Annual administration report of the Civil Veterinary Department of India - 1895-1896
Year: 1895
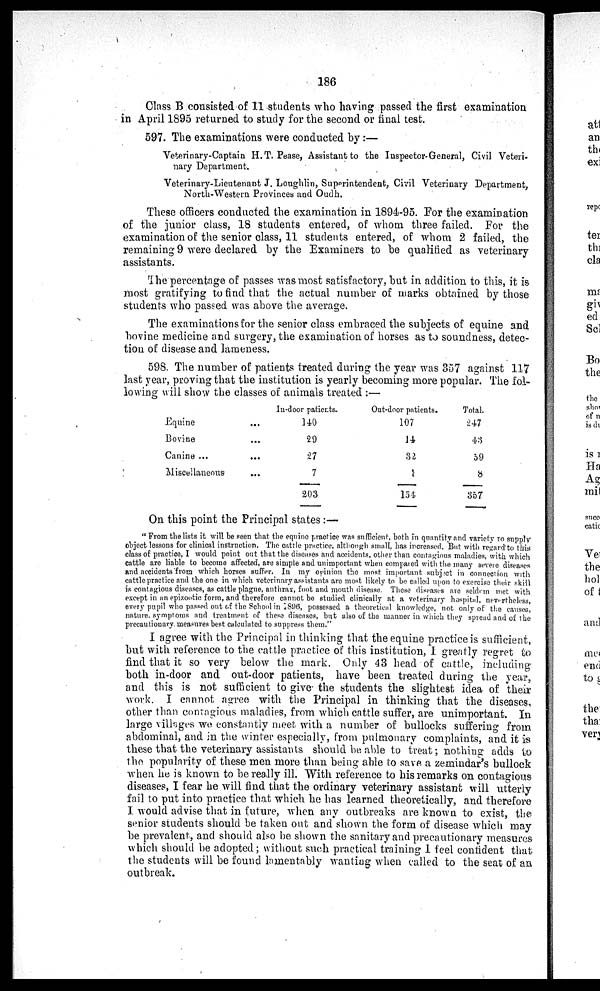
186
Class B consisted of 11 students who having passed the first examination
in April 1895 returned to study for the second or final test.
597. The examinations were conducted by:—
Veterinary-Captain H.T. Pease, Assistant to the Inspector-General, Civil Veteri-
nary Department.
Veterinary-Lieutenant J. Loughlin, Superintendent, Civil Veterinary Department,
North-Western Provinces and Oudh.
These officers conducted the examination in 1894-95. For the examination
of the junior class, 18 students entered, of whom three failed. For the
examination of the senior class, 11 students entered, of whom 2 failed, the
remaining 9 were declared by the Examiners to be qualified as veterinary
assistants.
The percentage of passes was most satisfactory, but in addition to this, it is
most gratifying to find that the actual number of marks obtained by those
students who passed was above the average.
The examinations for the senior class embraced the subjects of equine and
bovine medicine and surgery, the examination of horses as to soundness, detec-
tion of disease and lameness.
598. The number of patients treated during the year was 357 against 117
last year, proving that the institution is yearly becoming more popular. The fol-
lowing will show the classes of animals treated:—
Equine
Bovine
Canine ...
Miscellaneous
...
...
...
...
In-door patients.
140
29
27
7
203
Out-door patients.
107
14
32
1
154
Total.
247
43
59
8
357
On this point the Principal states:—
"From the lists it will be seen that the equine practice was sufficient, both in quantity and variety to supply
object lessons for clinical instruction. The cattle practice, although small, has increased. But with regard to this
class of practice, I would point out that the diseases and accidents, other than contagious maladies, with which
cattle are liable to become affected, are simple and unimportant when compared with the many severe diseases
and accidents from which horses suffer. In my opinion the most important, subject in connection with
cattle practice and the one in which veterinary assistants are most likely to be called upon to exercise their skill
is contagious diseases, as cattle plague, anthrax, foot and mouth disease. These diseases are seldom met with
except in an epizootic form, and therefore cannot be studied clinically at a veterinary hospital, nevertheless,
every pupil who passed out of the School in 1896, possessed a theoretical knowledge, not only of the causes,
nature, symptoms and treatment of these diseases, but also of the manner in which they spread and of the
precautionary measures best calculated to suppress them."
1 agree with the Principal in thinking that the equine practice is sufficient,
but with reference to the cattle practice of this institution, I greatly regret to
find that it so very below the mark. Only 43 head of cattle, including
both in-door and out-door patients, have been treated during the year,
and this is not sufficient to give the students the slightest idea of their
work. I cannot agree with the Principal in thinking that the diseases,
other than contagious maladies, from which cattle suffer, are unimportant. In
large villages we constantly meet with a number of bullocks suffering from
abdominal, and in the winter especially, from pulmonary complaints, and it is
these that the veterinary assistants should be able to treat; nothing adds to
the popularity of these men more than being able to save a zemindar's bullock
when he is known to be really ill. With reference to his remarks on contagious
diseases, I fear he will find that the ordinary veterinary assistant will utterly
fail to put into practice that which he has learned theoretically, and therefore
I would advise that in future, when any outbreaks are known to exist, the
senior students should be taken out and shown the form of disease which may
be prevalent, and should also be shown the sanitary and precautionary measures
which should be adopted; without such practical training 1 feel confident that
the students will be found lamentably wanting when called to the seat of an
outbreak.